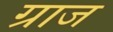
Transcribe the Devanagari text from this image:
ग्राज